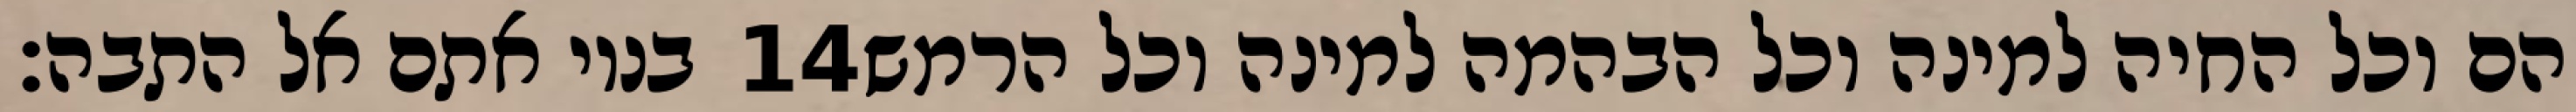
בניו אתם אל התבה׃ ‎14‏ הם וכל החיה למינה וכל הבהמה למינה וכל הרמש